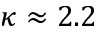
\kappa \approx 2 . 2